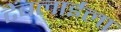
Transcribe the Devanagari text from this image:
टेंबलाईला